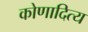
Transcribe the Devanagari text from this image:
कोणादित्य